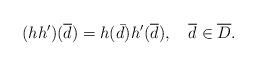
LaTeX: \begin{align*}(hh^{\prime })(\overline{d})=h(\bar d)h^{\prime }(\overline{d}),\quad\overline{d}\in \overline{D}.\end{align*}